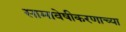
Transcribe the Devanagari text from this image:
सामावेषीकरणाच्या